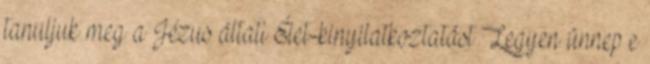
tanuljuk meg a Jézus általi Élet-kinyilatkoztatást Legyen ünnep e